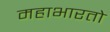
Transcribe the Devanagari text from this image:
महाभारतो